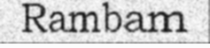
Rambam